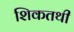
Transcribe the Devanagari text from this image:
शिकतथी